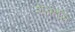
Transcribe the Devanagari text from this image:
शअहसि